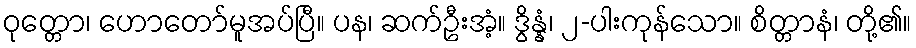
ဝုတ္တော၊ ဟောတော်မူအပ်ပြီ။ ပန၊ ဆက်ဦးအံ့။ ဒွိန္နံ၊ ၂-ပါးကုန်သော။ စိတ္တာနံ၊ တို့၏။